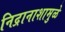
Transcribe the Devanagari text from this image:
निद्रानाशामुळे